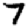
Digit: 7